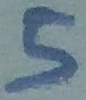
Text: 5